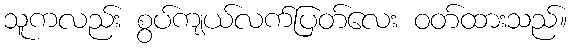
သူကလည်း စွပ်ကျယ်လက်ပြတ်လေး ဝတ်ထားသည်။